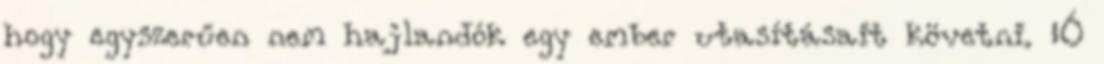
hogy egyszerűen nem hajlandók egy ember utasításait követni. „Ó